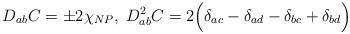
LaTeX: \begin{align*}D_{ab}C= \pm 2\chi_{NP},\;D_{ab}^2C= 2\Bigl(\delta_{ac}-\delta_{ad}-\delta_{bc}+\delta_{bd}\Bigr)\end{align*}